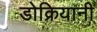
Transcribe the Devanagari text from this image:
डोक्रियानी